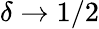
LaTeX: \delta\rightarrow 1/2